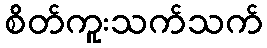
စိတ်ကူးသက်သက်